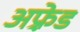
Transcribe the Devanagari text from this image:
अफ़्रेड